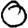
Digit: 0